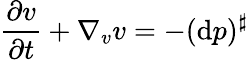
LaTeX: \frac{\partial v}{\partial t}+\nabla_{v}v=-(\mathrm{d}p)^{\sharp}